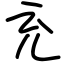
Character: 充